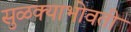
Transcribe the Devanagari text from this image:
सुळक्याभोवती